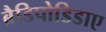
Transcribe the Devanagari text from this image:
ब्रैडिपोडिडाए